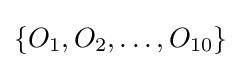
\{O_{1},O_{2},\ldots ,O_{10}\}